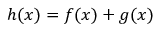
h ( \boldsymbol { x } ) = f ( \boldsymbol { x } ) + g ( \boldsymbol { x } )